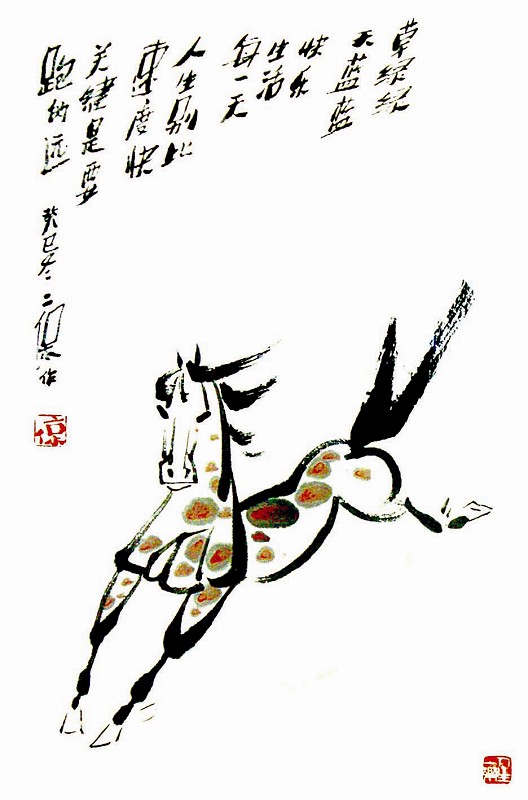
回鞭指长安，西日落秦关。